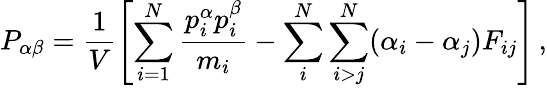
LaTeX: P_{\alpha\beta}=\frac{1}{V}\left[\sum_{i=1}^{N}\frac{p_{i}^{\alpha}p_{i}^{\beta}}{m_{i}}-\sum_{i}^{N}\sum_{i>j}^{N}(\alpha_{i}-\alpha_{j})F_{ij}\right]\, ,